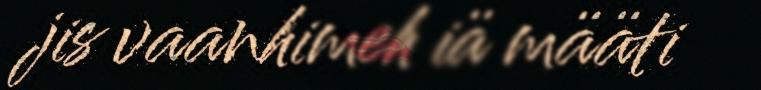
jis vaanhimeh iä määti